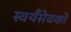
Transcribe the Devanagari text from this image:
स्वयँसेवकों